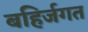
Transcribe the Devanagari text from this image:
बहिर्जगत